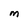
Character: M